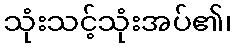
သုံးသင့်သုံးအပ်၏၊